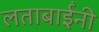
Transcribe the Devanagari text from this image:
लताबाईंनी